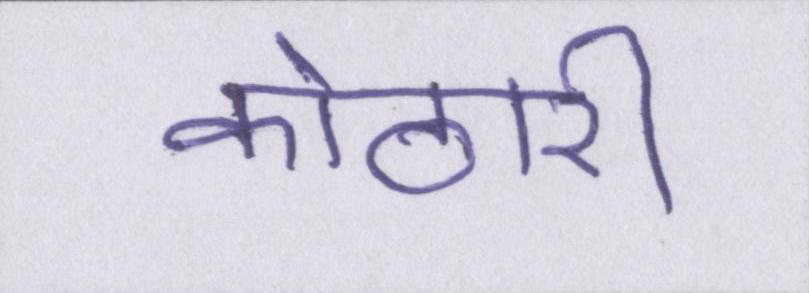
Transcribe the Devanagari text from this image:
कोठारी